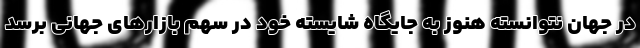
در جهان نتوانسته هنوز به جایگاه شایسته خود در سهم بازارهای جهانی برسد